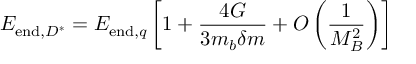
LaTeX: E _ { \mathrm { e n d } , D ^ { * } } = E _ { \mathrm { e n d } , q } \left[ 1 + { \frac { 4 G } { 3 m _ { b } \delta m } } + { \cal O } \left( { \frac { 1 } { M _ { B } ^ { 2 } } } \right) \right]